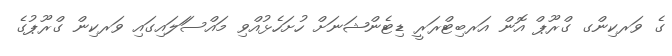
ގެ ވަރކިންގ ގްރޫޕް އޮން އަރބިޓްރަރީ ޑިޓެންޝަނަށް ހުށަހެޅުއްވި މައްސަަލައިގައި ވަރކިން ގްރޫޕުގެ